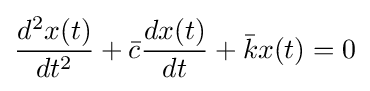
{\frac {d^{2}x(t)}{dt^{2}}}+{\bar {c}}{\frac {dx(t)}{dt}}+{\bar {k}}x(t)=0